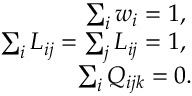
\begin{array} { r } { \sum _ { i } w _ { i } = 1 , \; } \\ { \sum _ { i } L _ { i j } = \sum _ { j } L _ { i j } = 1 , \; } \\ { \sum _ { i } Q _ { i j k } = 0 . } \end{array}